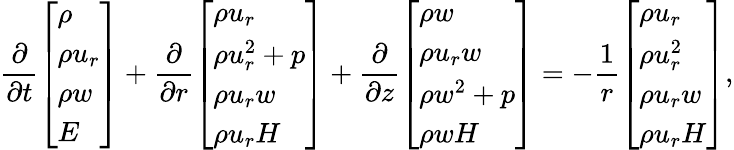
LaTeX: \frac{\partial}{\partial t}{\left[\begin{array}{l}{\rho}\\ {\rho u_{r}}\\ {\rho w}\\ {E}\end{array}\right]}+\frac{\partial}{\partial r}{\left[\begin{array}{l}{\rho u_{r}}\\ {\rho u_{r}^{2}+p}\\ {\rho u_{r}w}\\ {\rho u_{r}H}\end{array}\right]}+\frac{\partial}{\partial z}{\left[\begin{array}{l}{\rho w}\\ {\rho u_{r}w}\\ {\rho w^{2}+p}\\ {\rho wH}\end{array}\right]}=-\frac{1}{r}{\left[\begin{array}{l}{\rho u_{r}}\\ {\rho u_{r}^{2}}\\ {\rho u_{r}w}\\ {\rho u_{r}H}\end{array}\right]},